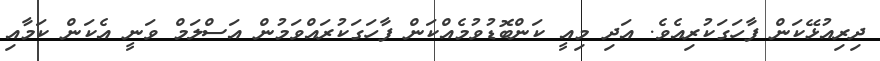
ދިރިއުޅޭކަން ފާހަގަކުރިއެވެ. އަދި މިއީ ކަންބޮޑުވުމެއްކަން ފާހަގަކުރައްްވަމުން އަސްލަމް ވަނީ އެކަން ކަމާއި